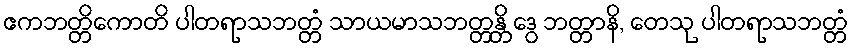
ဧကဘတ္တိကောတိ ပါတရာသဘတ္တံ သာယမာသဘတ္တန္တိ ဒွေ ဘတ္တာနိ, တေသု ပါတရာသဘတ္တံ